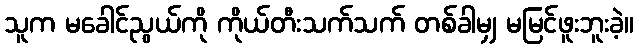
သူက မခေါင်ညွယ်ကို ကိုယ်တီးသက်သက် တစ်ခါမျှ မမြင်ဖူးဘူးခဲ့။